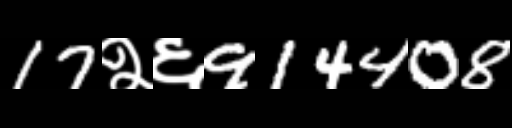
Text: 17२६914408